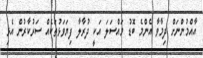
އާއްމުންނަށް ދިމާވާ އެންމެ ބޮޑު މައްސަލަ އަކީ ދުރާލާ ފިޔަވަޅުތަކެއް ސަރުކާރުން އެޅި